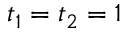
t _ { 1 } = t _ { 2 } = 1